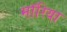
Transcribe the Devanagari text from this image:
मॉरिया